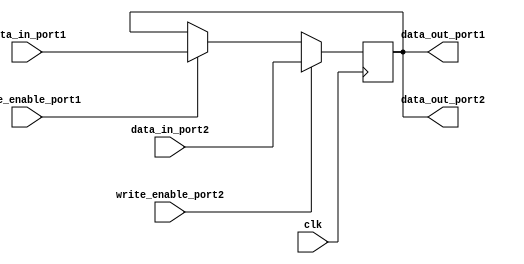
module dual_port_register (
    input wire clk,
    input wire [7:0] data_in_port1,
    input wire [7:0] data_in_port2,
    input wire write_enable_port1,
    input wire write_enable_port2,
    output reg [7:0] data_out_port1,
    output reg [7:0] data_out_port2
);

reg [7:0] reg_data;

always @(posedge clk) begin
    if (write_enable_port1) begin
        reg_data <= data_in_port1;
    end
    if (write_enable_port2) begin
        reg_data <= data_in_port2;
    end
end

assign data_out_port1 = reg_data;
assign data_out_port2 = reg_data;

endmodule